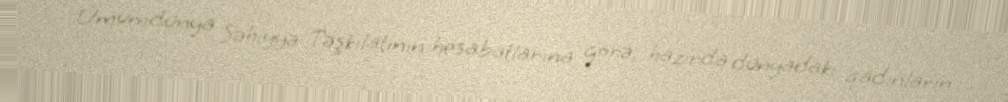
Ümumdünya Səhiyyə Təşkilatının hesabatlarına görə, hazırda dünyadakı qadınların